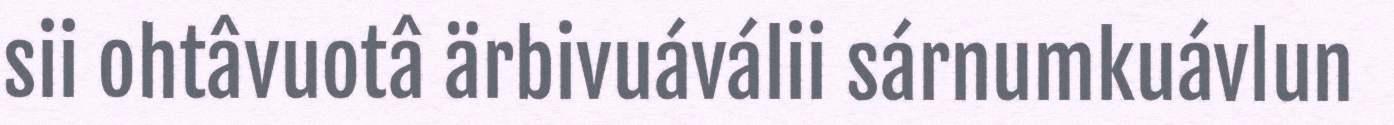
sii ohtâvuotâ ärbivuáválii sárnumkuávlun